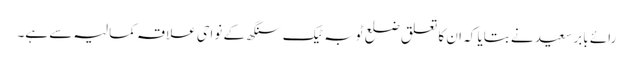
رائے بابر سعید نے بتایا کہ ان کا تعلق ضلع ٹوبہ ٹیک سنگھ کے نواحی علاقہ کمالیہ سے ہے۔